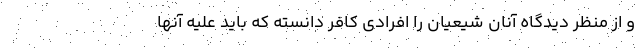
و از منظر دیدگاه آنان شیعیان را افرادی کافر دانسته که باید علیه آنها